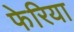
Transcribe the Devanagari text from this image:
फेरिया